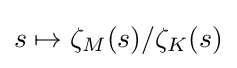
s\mapsto \zeta _{M}(s)/\zeta _{K}(s)